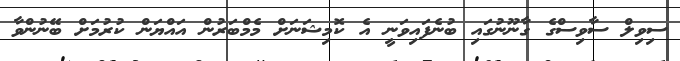
ސިވިލް ސާވިސްގެ ގާނޫނުގައި ބުނެފައިވަނީ އެ ކޮމިޝަނަށް މެމްބަރުން އައްޔަން ކުުރުމަށް ބޭނުންވާ